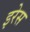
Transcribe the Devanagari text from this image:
इरेस